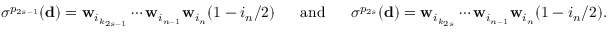
\sigma ^ { p _ { 2 s - 1 } } ( \mathbf d ) = \mathbf w _ { i _ { k _ { 2 s - 1 } } } \cdots \mathbf w _ { i _ { n - 1 } } \mathbf w _ { i _ { n } } ( 1 - i _ { n } / 2 ) \ \ \ \ \ \mathrm { a n d } \ \ \ \ \ \sigma ^ { p _ { 2 s } } ( \mathbf d ) = \mathbf w _ { i _ { k _ { 2 s } } } \cdots \mathbf w _ { i _ { n - 1 } } \mathbf w _ { i _ { n } } ( 1 - i _ { n } / 2 ) .